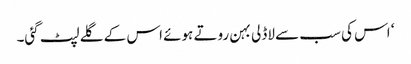
‘ اس کی سب سے لاڈلی بہن روتے ہوئے اس کے گلے لپٹ گئی۔